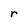
Character: r